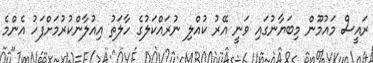
ރައީސް މައުމޫން މިބަޔާނުގައި ވަނީ އޭރު ކުއްލި ނުރައްކަލުގެ ހާލަތު އިއުލާންކުރުމަށްފަހު އެންމެ